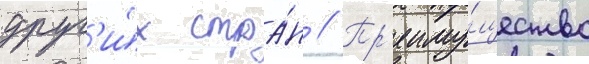
друг'и́х стра́н // Пр'еиму́щество